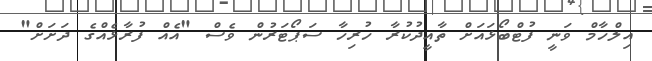
އިލްހާމް ވަނީ ފުޓްބޯޅައަށް ތާއީދުކުރާ ހުރިހާ ސަޕޯޓަރުން ވެސް "އެއް ފުރާޅެއްގެ ދަށަށް"